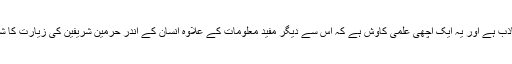
کتاب کا انداز تحریر جاذب ہے اور یہ ایک اچھی علمی کاوش ہے کہ اس سے دیگر مفید معلومات کے علاوہ انسان کے اندر حرمین شریفین کی زیارت کا شوق وولولہ پیدا ہوتا ہے۔